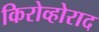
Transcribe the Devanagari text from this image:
किरोव्होराद